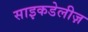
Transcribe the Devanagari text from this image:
साइकडेलीज़